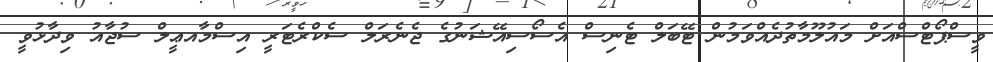
ވީސްޕޯޓްސްއަށް މައުލޫމާތުދެއްވަމުން ޓޭބަލް ޓެނިސް އެސޯސިއޭޝަނުގެ ޖެނެރަލް ސެކްރެޓަރީ އިސްމާއޢީލް ސުޖާއު ވިދާޅުވީ